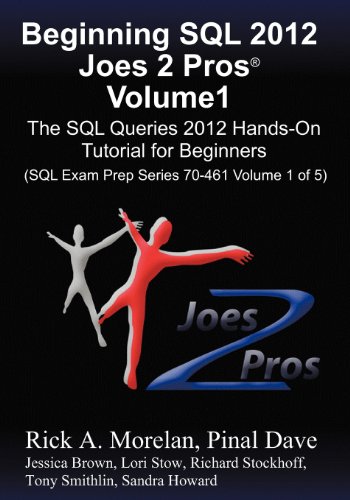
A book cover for Beginning SQL 2012 Joes 2 Pros Volume 1: The SQL Queries 2012 Hands-On Tutorial for Beginners (SQL Exam Prep Series 70-461 Volume 1 Of 5); Rick Morelan; Computers & Technology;